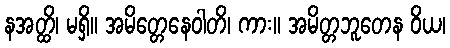
နအတ္ထိ၊ မရှိ။ အမိတ္တေနေဝါတိ၊ ကား။ အမိတ္တဘူတေန ဝိယ၊